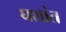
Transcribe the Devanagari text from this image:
घशांत